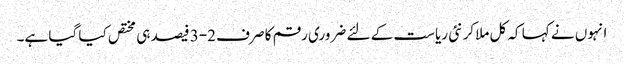
انہوں نے کہا کہ کل ملاکر نئی ریاست کے لئے ضروری رقم کا صرف 2-3 فیصد ہی مختص کیا گیا ہے۔